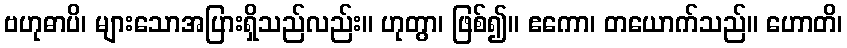
ဗဟုဓာပိ၊ များသောအပြားရှိသည်လည်း။ ဟုတွာ၊ ဖြစ်၍။ ဧကော၊ တယောက်သည်။ ဟောတိ၊